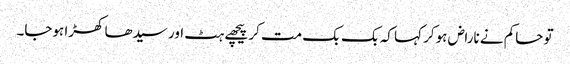
تو حاکم نے ناراض ہوکر کہا کہ بک بک مت کر پیچھے ہٹ اور سیدھا کھڑا ہوجا۔